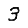
Digit: 3